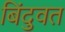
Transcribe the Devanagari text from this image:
बिंदुवत